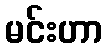
မင်းဟာ